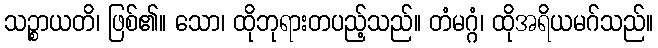
သဉ္စာယတိ၊ ဖြစ်၏။ သော၊ ထိုဘုရားတပည့်သည်။ တံမဂ္ဂံ၊ ထိုအရိယမဂ်သည်။